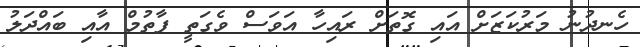
ހެނދުނު މަރުކަޒަށް އައި ގޮތަށް ރައިހާ އަވަސް ވެގަތީ ފާތުމް އާއި ބައްދަލު